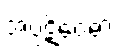
အပ္ပဋိဝေဓာ